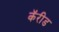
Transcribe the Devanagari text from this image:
कॅरीड